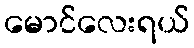
မောင်လေးရယ်